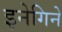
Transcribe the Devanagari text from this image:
इनेगिने